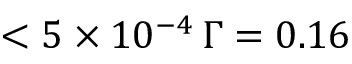
< 5 \times 1 0 ^ { - 4 } \, \Gamma = 0 . 1 6